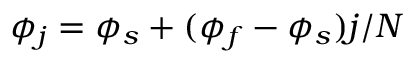
\phi _ { j } = \phi _ { s } + ( \phi _ { f } - \phi _ { s } ) j / N